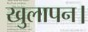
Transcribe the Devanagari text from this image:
खुलापन।